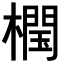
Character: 𣜝